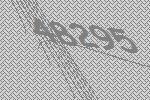
48295